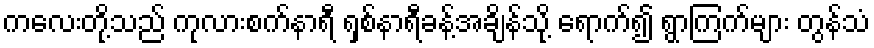
ကလေးတို့သည် ကုလားစက်နာရီ ရှစ်နာရီခန့်အချိန်သို့ ရောက်၍ ရွာကြက်များ တွန်သံ